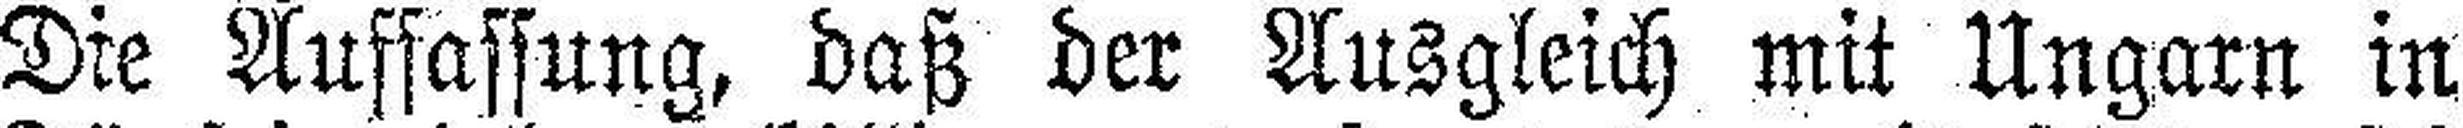
Die Auffassung, daß der Ausgleich mit Ungarn in